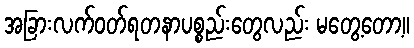
အခြားလက်ဝတ်ရတနာပစ္စည်းတွေလည်း မတွေ့တော့။